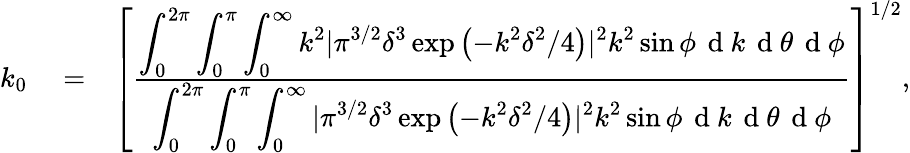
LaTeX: \begin{array}{rlr}{k_{0}}&{{}=}&{\left[\frac{\displaystyle\int_{0}^{2\pi}\displaystyle\int_{0}^{\pi}\displaystyle\int_{0}^{\infty}k^{2}|\pi^{3/2}\delta^{3}\exp{\left(-k^{2}\delta^{2}/4\right)}|^{2}k^{2}\sin\phi\, \mathrm{~d~}k\, \mathrm{~d~}\theta\, \mathrm{~d~}\phi}{\displaystyle\int_{0}^{2\pi}\displaystyle\int_{0}^{\pi}\displaystyle\int_{0}^{\infty}|\pi^{3/2}\delta^{3}\exp{\left(-k^{2}\delta^{2}/4\right)}|^{2}k^{2}\sin\phi\, \mathrm{~d~}k\, \mathrm{~d~}\theta\, \mathrm{~d~}\phi}\right]^{1/2},}\end{array}